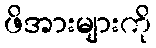
ဖိအားများကို